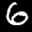
Label: 6